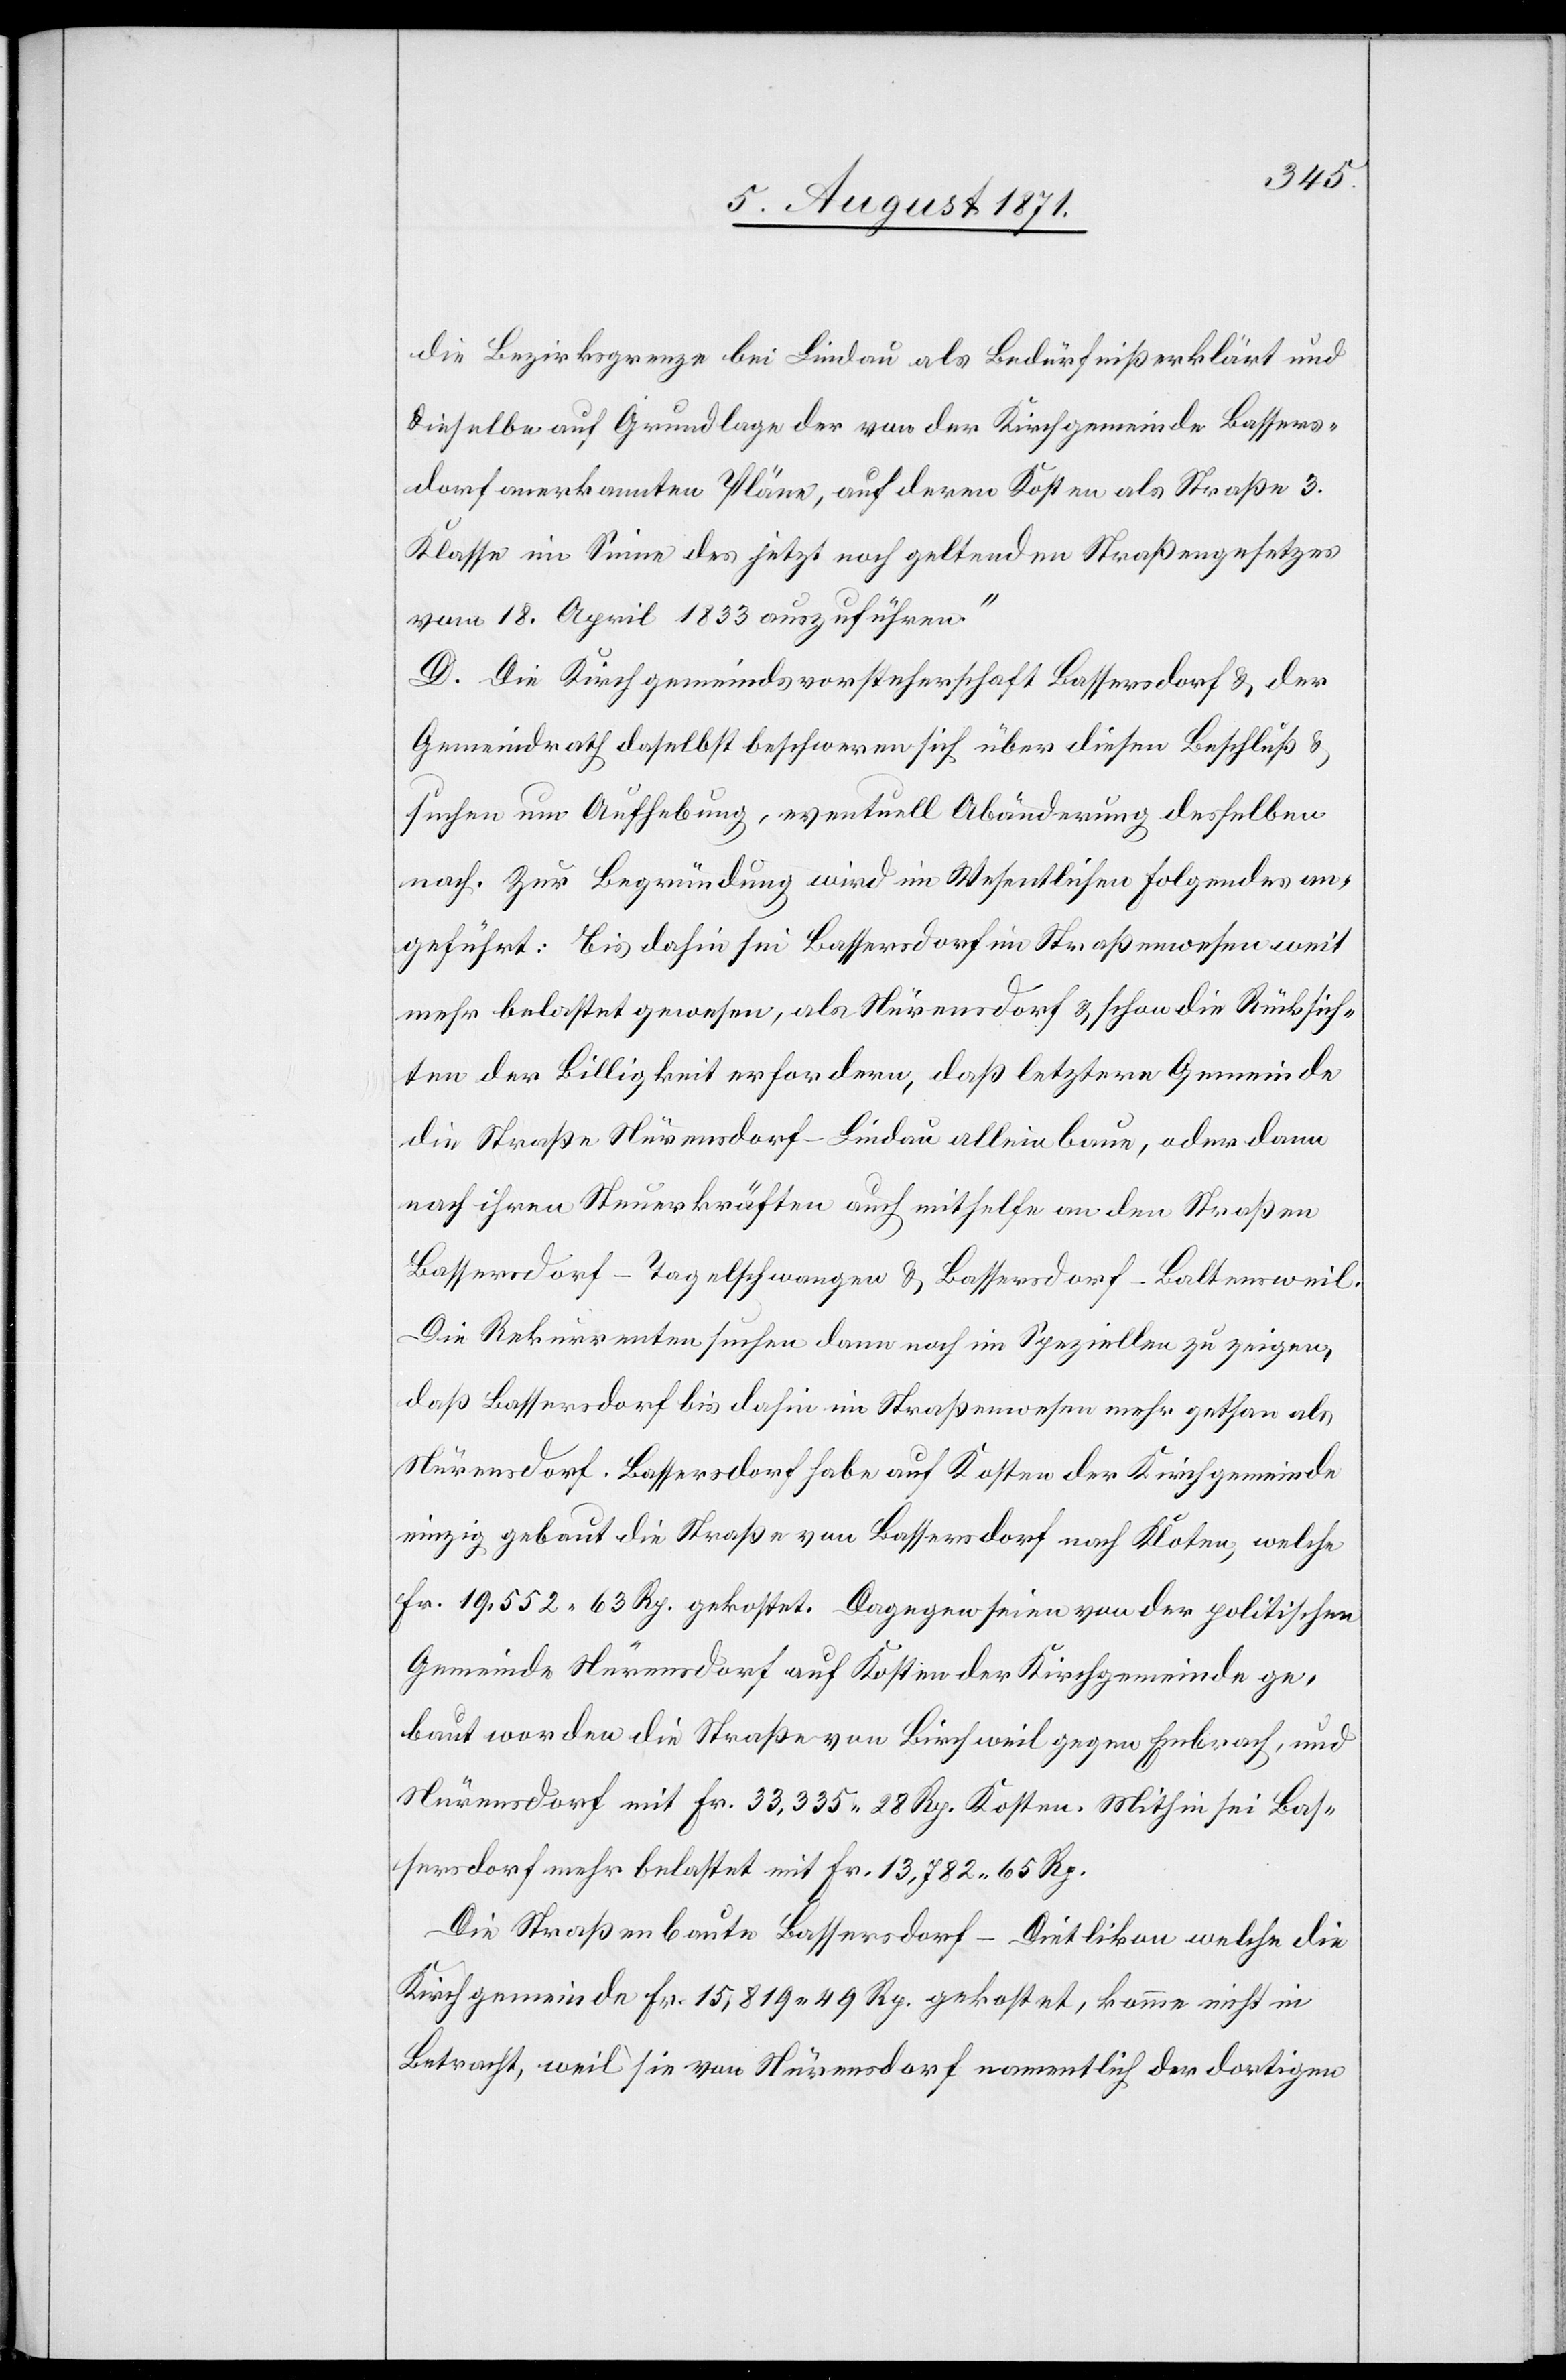
die Bezirksgrenze bei Lindau als Bedürfniß erklärt und
dieselbe auf Grundlage der von der Kirchgemeinde Bassers¬
dorf anerkannten Pläne, auf deren Kosten als Straße 3.
Klasse im Sinne des jetzt noch geltenden Straßengesetzes
vom 18. April 1833 auszuführen.“
D. Die Kirchgemeindsvorsteherschaft Bassersdorf u. der
Gemeindrath daselbst beschweren sich über diesen Beschluß u.
suchen um Aufhebung, eventuell Abänderung desselben
nach. Zur Begründung wird im Wesentlichen Folgendes an¬
geführt: Bis dahin sei Bassersdorf im Straßenwesen weit
mehr belastet gewesen, als Nürensdorf u. schon die Rücksich¬
ten der Billigkeit erfordern, daß letztere Gemeinde
die Straße Nürensdorf–Lindau allein baue, oder dann
nach ihren Steuerkräften auch mithelfe an den Straßen
Bassersdorf–Tagelschwangen u. Bassersdorf–Baltensweil.
Die Rekurrenten suchen dann noch im Speziellen zu zeigen,
daß Bassersdorf bis dahin im Straßenwesen mehr gethan als
Nürensdorf. Bassersdorf habe auf Kosten der Kirchgemeinde
einzig gebaut die Straße von Bassersdorf nach Kloten, welche
Fr. 19,552. 63 Rp. gekostet. Dagegen seien von der politischen
Gemeinde Nürensdorf auf Kosten der Kirchgemeinde ge¬
baut worden die Straße von Birchweil gegen Embrach, und
Nürensdorf mit Fr. 33,335. 28 Rp. Kosten. Mithin sei Bas¬
sersdorf mehr belastet mit Fr. 13,782. 65 Rp.
Die Straßenbaute Bassersdorf–Dietlikon welche die
Kirchgemeinde Fr. 15,819. 45 Rp. gekostet, komme nicht in
Betracht, weil sie von Nürensdorf namentlich der dortigen